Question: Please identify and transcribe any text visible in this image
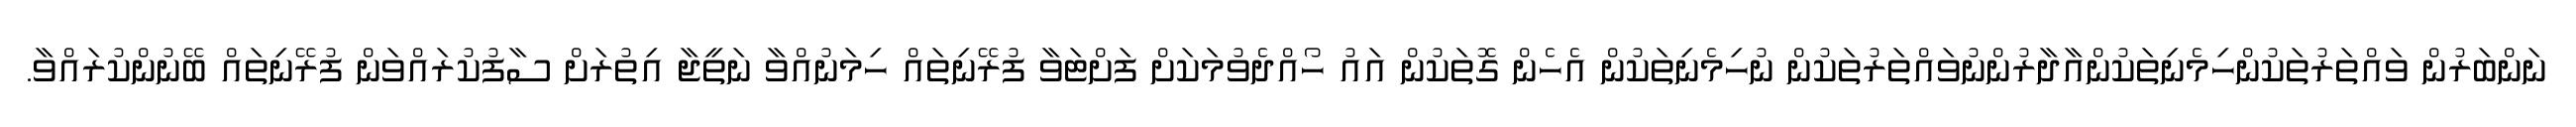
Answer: ނަންބަރުން ވައްތަރުތަކުންހިމެނިތަކުންއާދާރުންނުވައްތަރުތަކުން ނުހިމެނިތަކުން އެހެން ގޮތަކުން އައު ހޯއްދެވުމަކަށް ފަށްޓަވާ ފުރޭނިތައް ހިމަނުއްވާ ނަތީޖާ އިތުރަށް ސާފުކުރައްވަން ފުރޭނިތައް ބޭނުންކުރައްވާ.